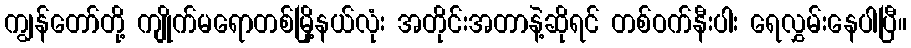
ကျွန်တော်တို့ ကျိုက်မရောတစ်မြို့နယ်လုံး အတိုင်းအတာနဲ့ဆိုရင် တစ်ဝက်နီးပါး ရေလွှမ်းနေပါပြီ။